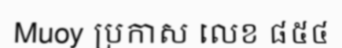
Muoy ប្រកាស លេខ ៨៥៤